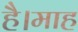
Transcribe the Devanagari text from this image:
है।माह